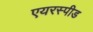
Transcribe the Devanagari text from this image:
एयरस्पीड